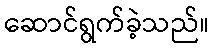
ဆောင်ရွက်ခဲ့သည်။